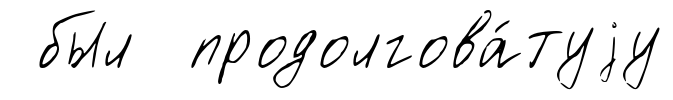
был продолгова́туjу